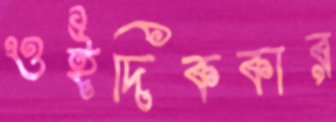
ওইদিককার